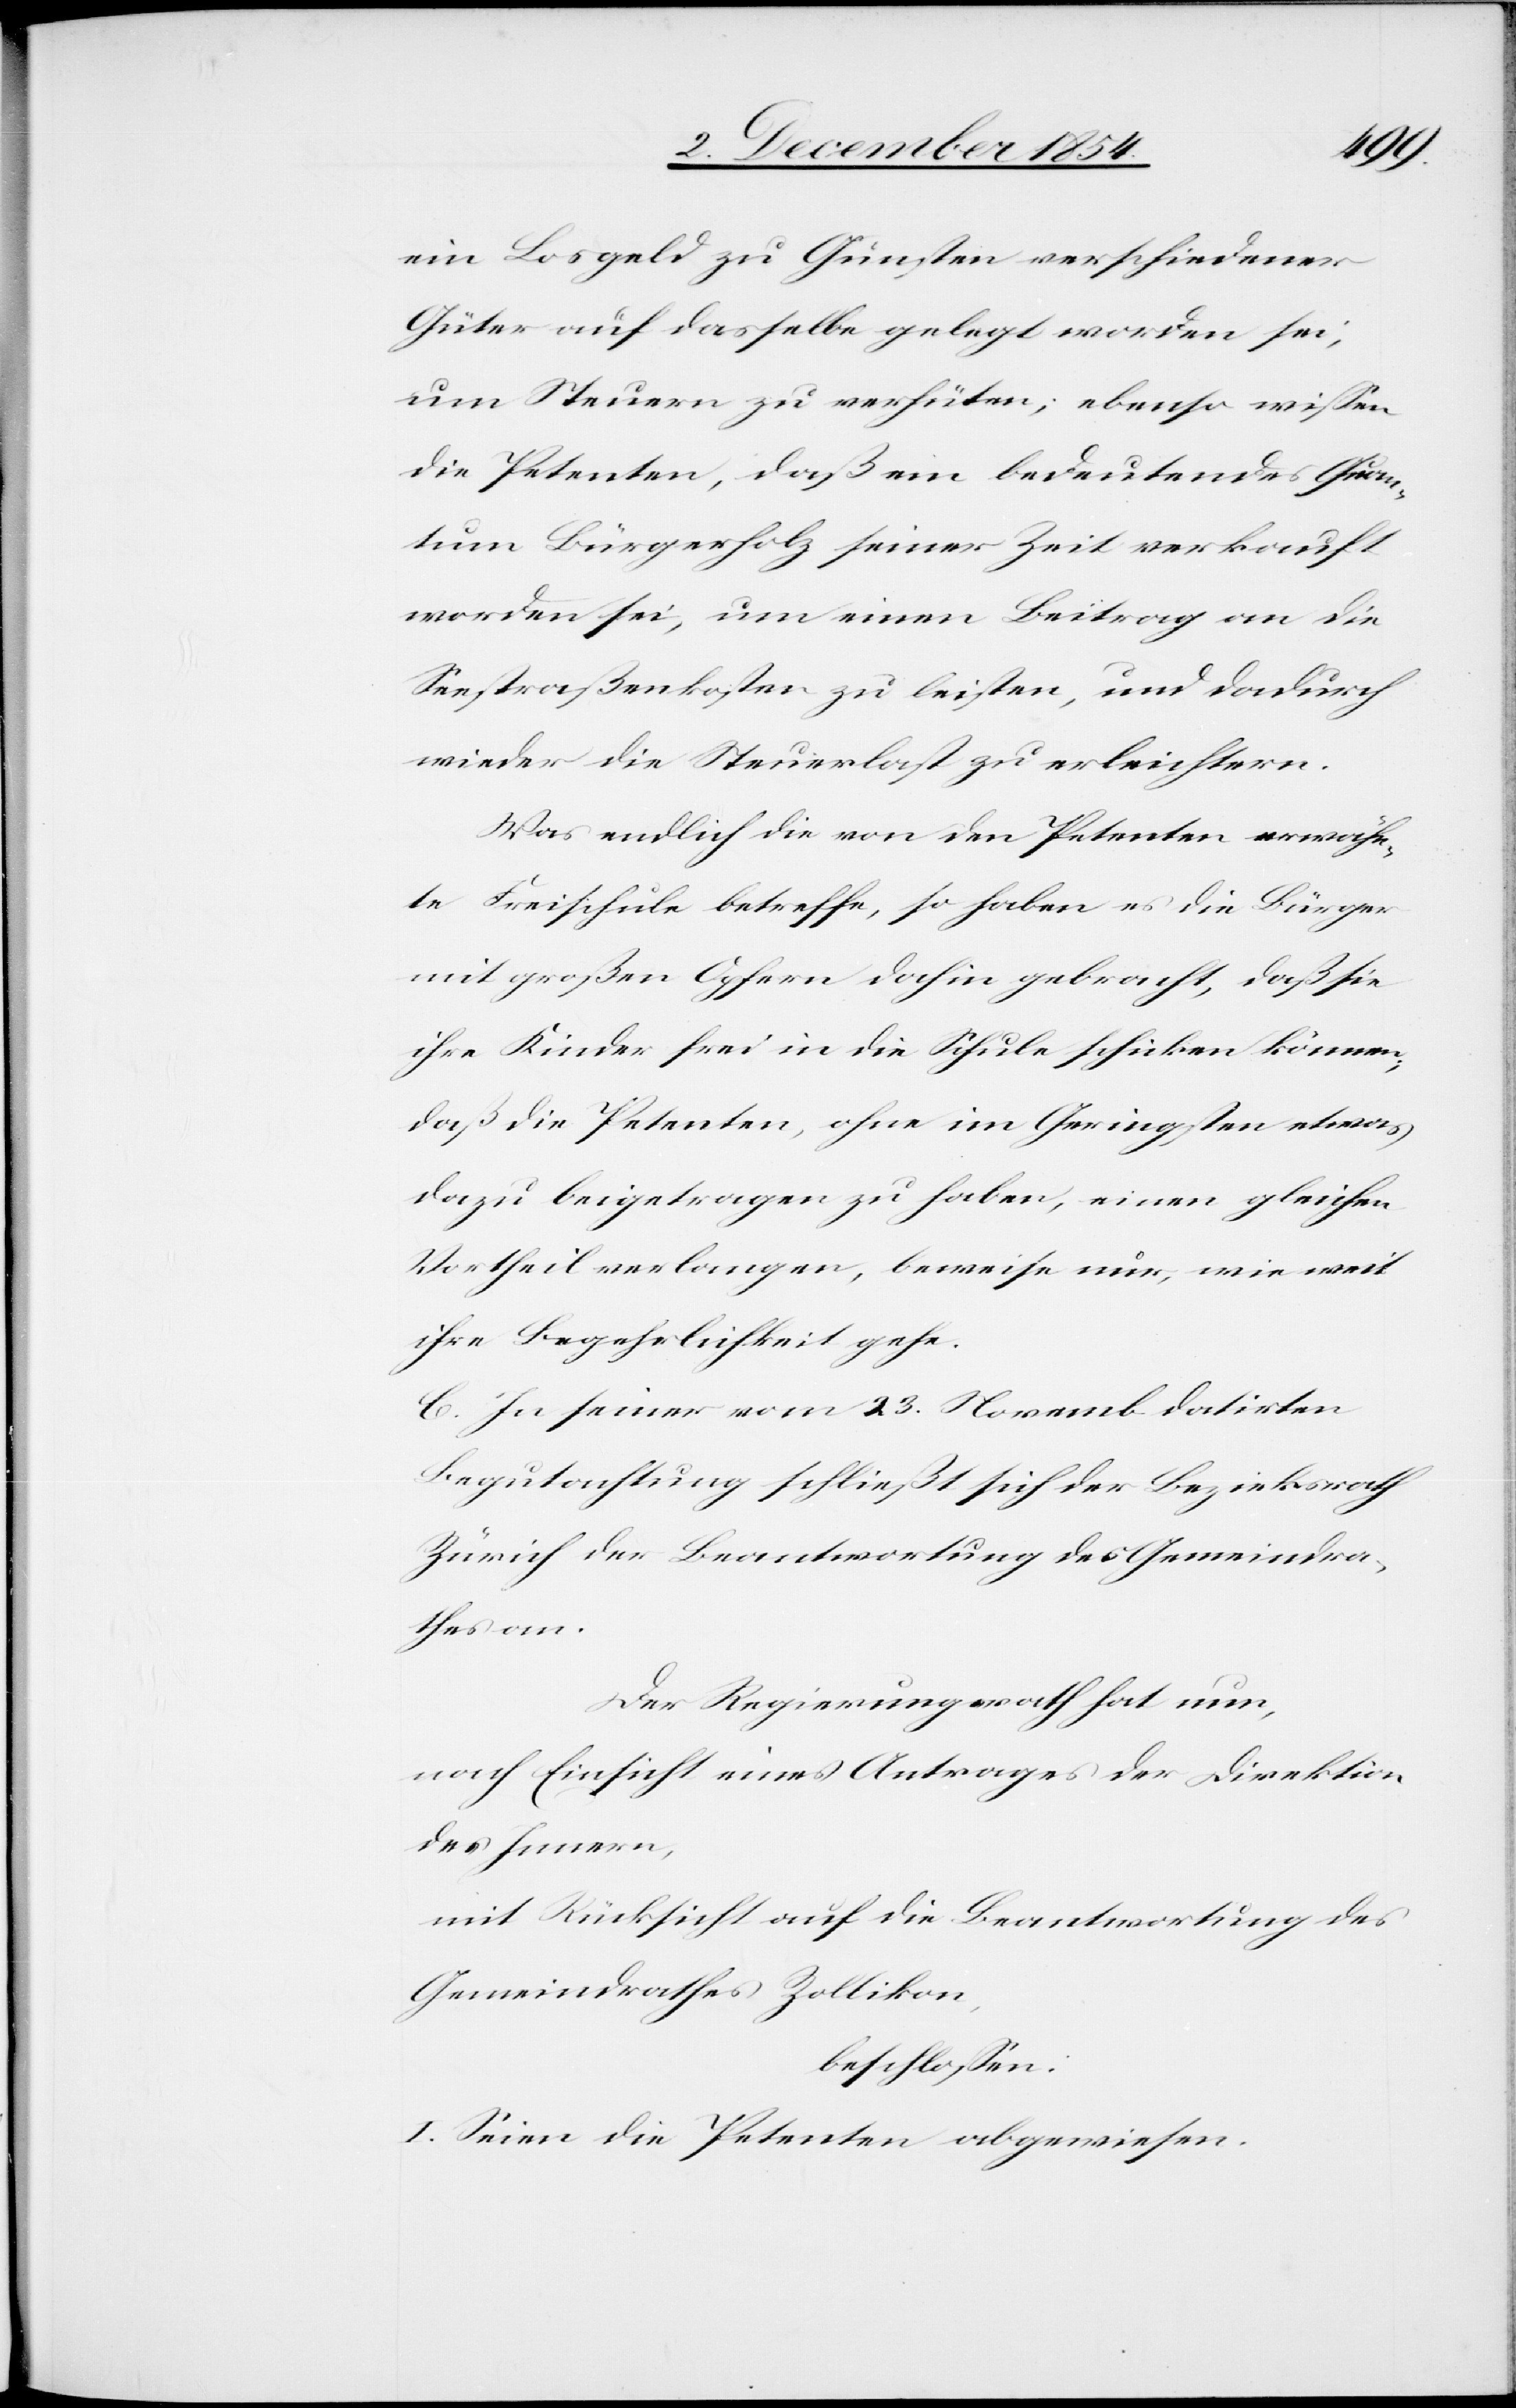
ein Losgeld zu Gunsten verschiedener
Güter auf dasselbe gelegt worden sei,
um Steuern zu verhüten; ebenso wißen
die Petenten, daß ein bedeutendes Quan¬
tum Bürgerholz seiner Zeit verkauft
worden sei, um einen Beitrag an die
Seestraßenkosten zu leisten, und dadurch
wieder die Steuerlast zu erleichtern.
Was endlich die von den Petenten erwähn¬
te Freischule betreffe, so haben es die Bürger
mit großen Opfern dahin gebracht, daß sie
ihre Kinder frei in die Schule schicken können;
daß die Petenten, ohne im Geringsten etwas
dazu beigetragen zu haben, einen gleichen
Vortheil verlangen, beweise nur, wie weit
ihre Begehrlichkeit gehe.
C. In seiner vom 23. Novemb. datirten
Begutachtung schließt sich der Bezirksrath
Zürich der Beantwortung des Gemeindra¬
thes an.
Der Regierungsrath hat nun,
nach Einsicht eines Antrages der Direktion
des Innern,
mit Rücksicht auf die Beantwortung des
Gemeindrathes Zollikon,
beschloßen:
I. Seien die Petenten abgewiesen.